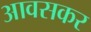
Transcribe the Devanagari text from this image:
आवसकर